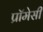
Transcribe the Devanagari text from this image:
प्रॉमेसी